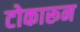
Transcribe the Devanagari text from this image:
टोकारून